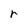
Character: r